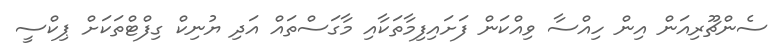
ސެންޗޫރިއަން އިން ހިއްސާ ވިއްކަން ފަށައިފިމާތަކާއި މާގަސްތައް އަދި ޔުނިކް ގިފްޓްތަކަށް ޕިކްސީ